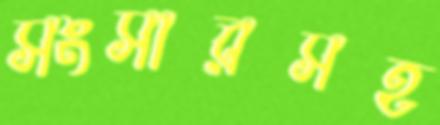
সংসারসহ